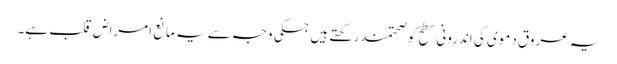
یہ عروق دموی کی اندرونی سطح کوصحتمند رکھتے ہیں جسکی وجہ سے یہ مانع امراض قلب ہے۔